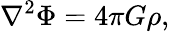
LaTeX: \nabla^{2}\Phi=4\pi G\rho,